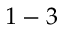
1 - 3